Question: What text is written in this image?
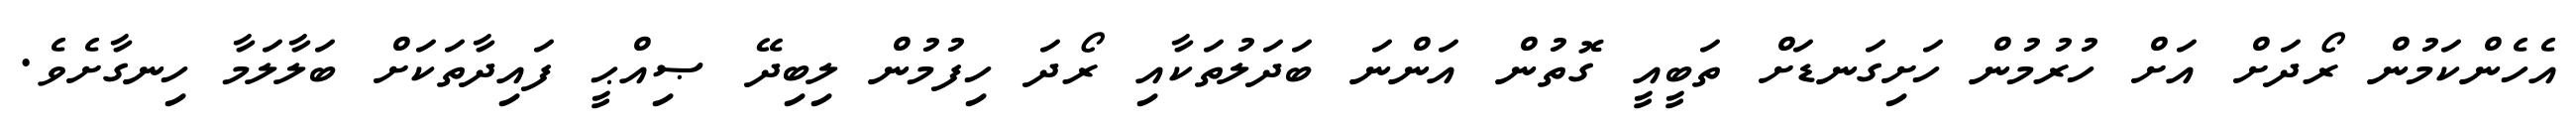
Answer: އެހެންކަމުން ރޯދަށް އަށް ހުރުމުން ހަށިގަނޑަށް ތަބީއީ ގޮތުން އަންނަ ބަދަލުތަކާއި ރޯދަ ހިފުމުން ލިބިދޭ ޞިއްޙީ ފައިދާތަކަށް ބަލާލަމާ ހިނގާށެވެ.